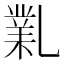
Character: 𠄅